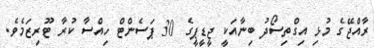
ރާއްޖޭގެ މުޅި އިގްތިސޯދު ބިނާއަކީ ޖީޑީޕީގެ 30 ޕަސެންޓް ހިއްސާ ކުރާ ޓޫރިޒަމެވެ.